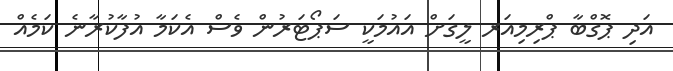
އަދި ޕޮގްބާ ޕްރިމިއަރ ލީގަށް އައުމަކީ ސަޕޯޓަރުން ވެސް އެކަމާ އުފާކުރާނެ ކަމެއް